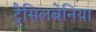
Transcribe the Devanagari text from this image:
ट्रैसिलबेनिया